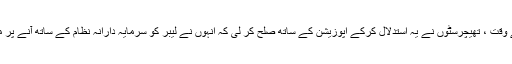
ٹونی بلیئر کے وقت ، تھیچرسٹوں نے یہ استدلال کرکے اپوزیشن کے ساتھ صلح کر لی کہ انہوں نے لیبر کو سرمایہ دارانہ نظام کے ساتھ آنے پر مجبور کیا ہے۔